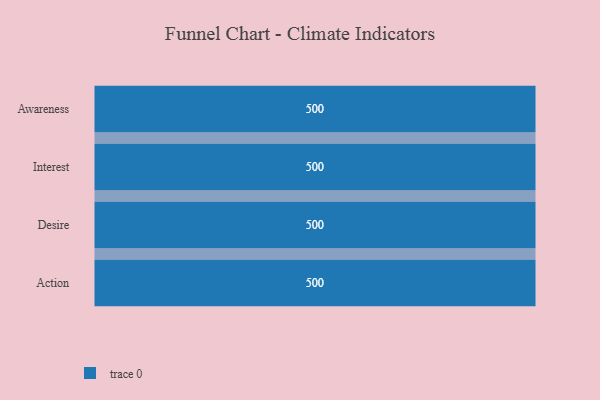
{"axis": {"x": "Stage", "y": "Value"}, "legend": [""], "data": [{"x": "Awareness", "y": 500, "type": ""}, {"x": "Interest", "y": 500, "type": ""}, {"x": "Desire", "y": 500, "type": ""}, {"x": "Action", "y": 500, "type": ""}]}